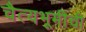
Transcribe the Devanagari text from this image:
चैत्यभूमीची